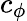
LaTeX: c_{\phi}